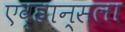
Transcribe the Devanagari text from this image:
एव्हान्सला